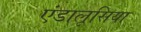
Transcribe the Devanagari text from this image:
एंडालूसिया